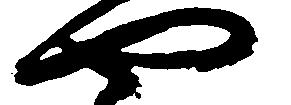
や